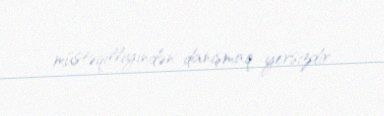
müstəqilliyindən danışmaq yersizdir.